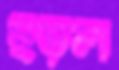
ছড়ল